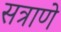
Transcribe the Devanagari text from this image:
सत्राणे